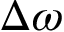
\Delta \omega